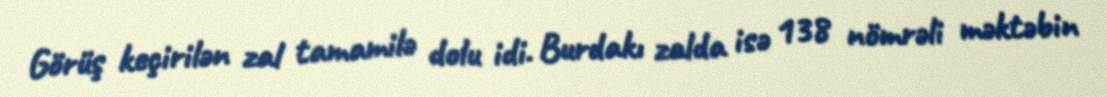
Görüş keçirilən zal tamamilə dolu idi. Burdakı zalda isə 138 nömrəli məktəbin